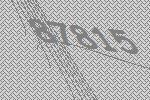
87815